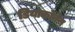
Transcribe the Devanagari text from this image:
डियाकोनेस